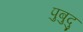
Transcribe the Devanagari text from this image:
पुबुदु